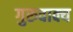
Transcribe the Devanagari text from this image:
गुरुवाक्य